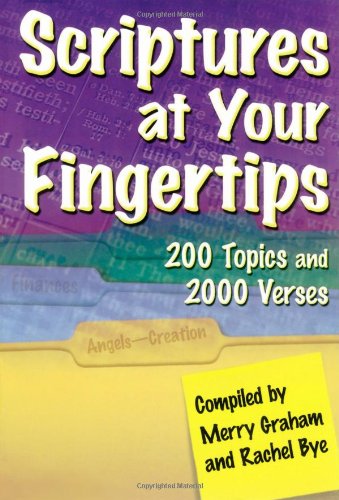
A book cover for Scriptures at Your Fingertips: With Over 200 Topics and 2000 Verses; Merry Graham; Christian Books & Bibles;